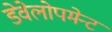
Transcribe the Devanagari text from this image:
डेवेलोपमेन्ट